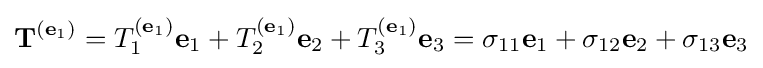
\mathbf {T} ^{(\mathbf {e} _{1})}=T_{1}^{(\mathbf {e} _{1})}\mathbf {e} _{1}+T_{2}^{(\mathbf {e} _{1})}\mathbf {e} _{2}+T_{3}^{(\mathbf {e} _{1})}\mathbf {e} _{3}=\sigma _{11}\mathbf {e} _{1}+\sigma _{12}\mathbf {e} _{2}+\sigma _{13}\mathbf {e} _{3}